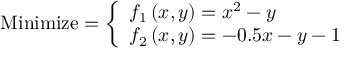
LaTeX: { \mathrm { M i n i m i z e } } = { \left\{ \begin{array} { l l } { f _ { 1 } \left( x , y \right) = x ^ { 2 } - y } \\ { f _ { 2 } \left( x , y \right) = - 0 . 5 x - y - 1 } \end{array} \right. }